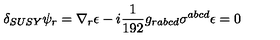
\delta _ { S U S Y } \psi _ { r } = \nabla _ { r } \epsilon - i { \frac { 1 } { 1 9 2 } } g _ { r a b c d } \sigma ^ { a b c d } \epsilon = 0